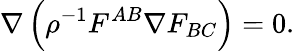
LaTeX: \nabla\left(\rho^{-1}F^{AB}\nabla F_{BC}\right)=0.